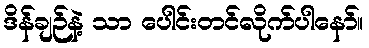
ဒိန်ချဉ်နဲ့ သာ ပေါင်းတင်လိုက်ပါနော်။